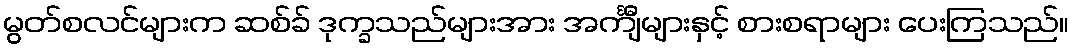
မွတ်စလင်များက ဆစ်ခ် ဒုက္ခသည်များအား အင်္ကျီများနှင့် စားစရာများ ပေးကြသည်။